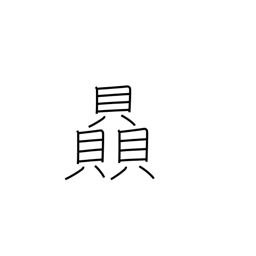
Meaning: strength